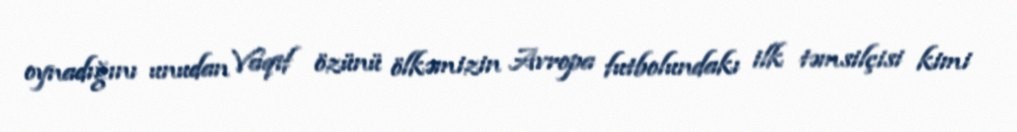
oynadığını unudan Vaqif özünü ölkəmizin Avropa futbolundakı ilk təmsilçisi kimi